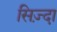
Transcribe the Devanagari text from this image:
सिज़्दा